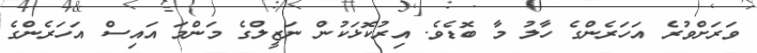
ވަރަށްވުރެ އަހަރެންގެ ހާލު މާ ބޮޑެވެ. އިރުކޮޅަކުން ނަޒީލްގެ މަންމަ އައިސް އަހަރެންގެ